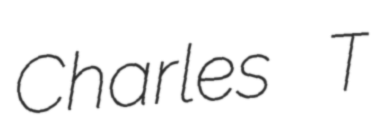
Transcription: Charles T